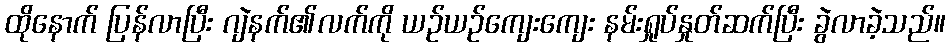
ထိုနောက် ပြန်လာပြီး ဂျဲနက်၏လက်ကို ယဉ်ယဉ်ကျေးကျေး နမ်းရှုပ်နှုတ်ဆက်ပြီး ခွဲလာခဲ့သည်။